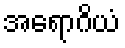
အရောဂိယံ